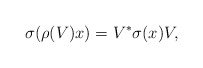
\begin{align*}\sigma(\rho(V) x) = V^{*} \sigma(x) V, \end{align*}